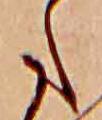
た